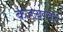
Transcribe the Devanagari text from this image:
कडय़ावर